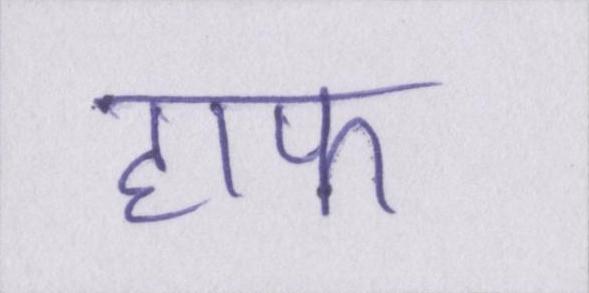
हाफ